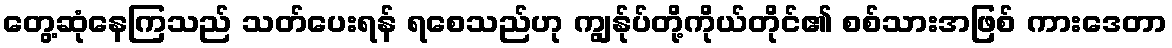
တွေ့ဆုံနေကြသည် သတ်ပေးရန် ရစေသည်ဟု ကျွန်ုပ်တို့ကိုယ်တိုင်၏ စစ်သားအဖြစ် ကားဒေတာ